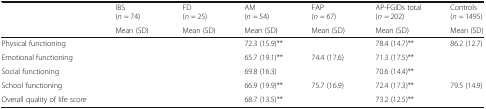
<table><thead><tr><td rowspan="2">[EMPTY_CELL]</td><td><b>IBS(<i>n</i> = 74)</b></td><td><b>FD(<i>n</i> = 25)</b></td><td><b>AM(<i>n</i> = 54)</b></td><td><b>FAP(<i>n</i> = 67)</b></td><td><b>AP-FGIDs total(<i>n</i> = 202)</b></td><td><b>Controls(<i>n</i> = 1495)</b></td></tr><tr><td><b>Mean (SD)</b></td><td><b>Mean (SD)</b></td><td><b>Mean (SD)</b></td><td><b>Mean (SD)</b></td><td><b>Mean (SD)</b></td><td><b>Mean (SD)</b></td></tr></thead><tbody><tr><td>Physical functioning</td><td>[EMPTY_CELL]</td><td>[EMPTY_CELL]</td><td>72.3 (15.9)**</td><td>[EMPTY_CELL]</td><td>78.4 (14.7)**</td><td>86.2 (12.7)</td></tr><tr><td>Emotional functioning</td><td>[EMPTY_CELL]</td><td>[EMPTY_CELL]</td><td>65.7 (19.1)**</td><td>74.4 (17.6)</td><td>71.3 (17.5)**</td><td>[EMPTY_CELL]</td></tr><tr><td>Social functioning</td><td>[EMPTY_CELL]</td><td>[EMPTY_CELL]</td><td>69.8 (16.3)</td><td>[EMPTY_CELL]</td><td>70.6 (14.4)**</td><td>[EMPTY_CELL]</td></tr><tr><td>School functioning</td><td>[EMPTY_CELL]</td><td>[EMPTY_CELL]</td><td>66.9 (19.9)**</td><td>75.7 (16.9)</td><td>72.4 (17.3)**</td><td>79.5 (14.9)</td></tr><tr><td>Overall quality of life score</td><td>[EMPTY_CELL]</td><td>[EMPTY_CELL]</td><td>68.7 (13.5)**</td><td>[EMPTY_CELL]</td><td>73.2 (12.5)**</td><td>[EMPTY_CELL]</td></tr></tbody></table>